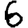
Digit: 6